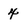
Character: 4